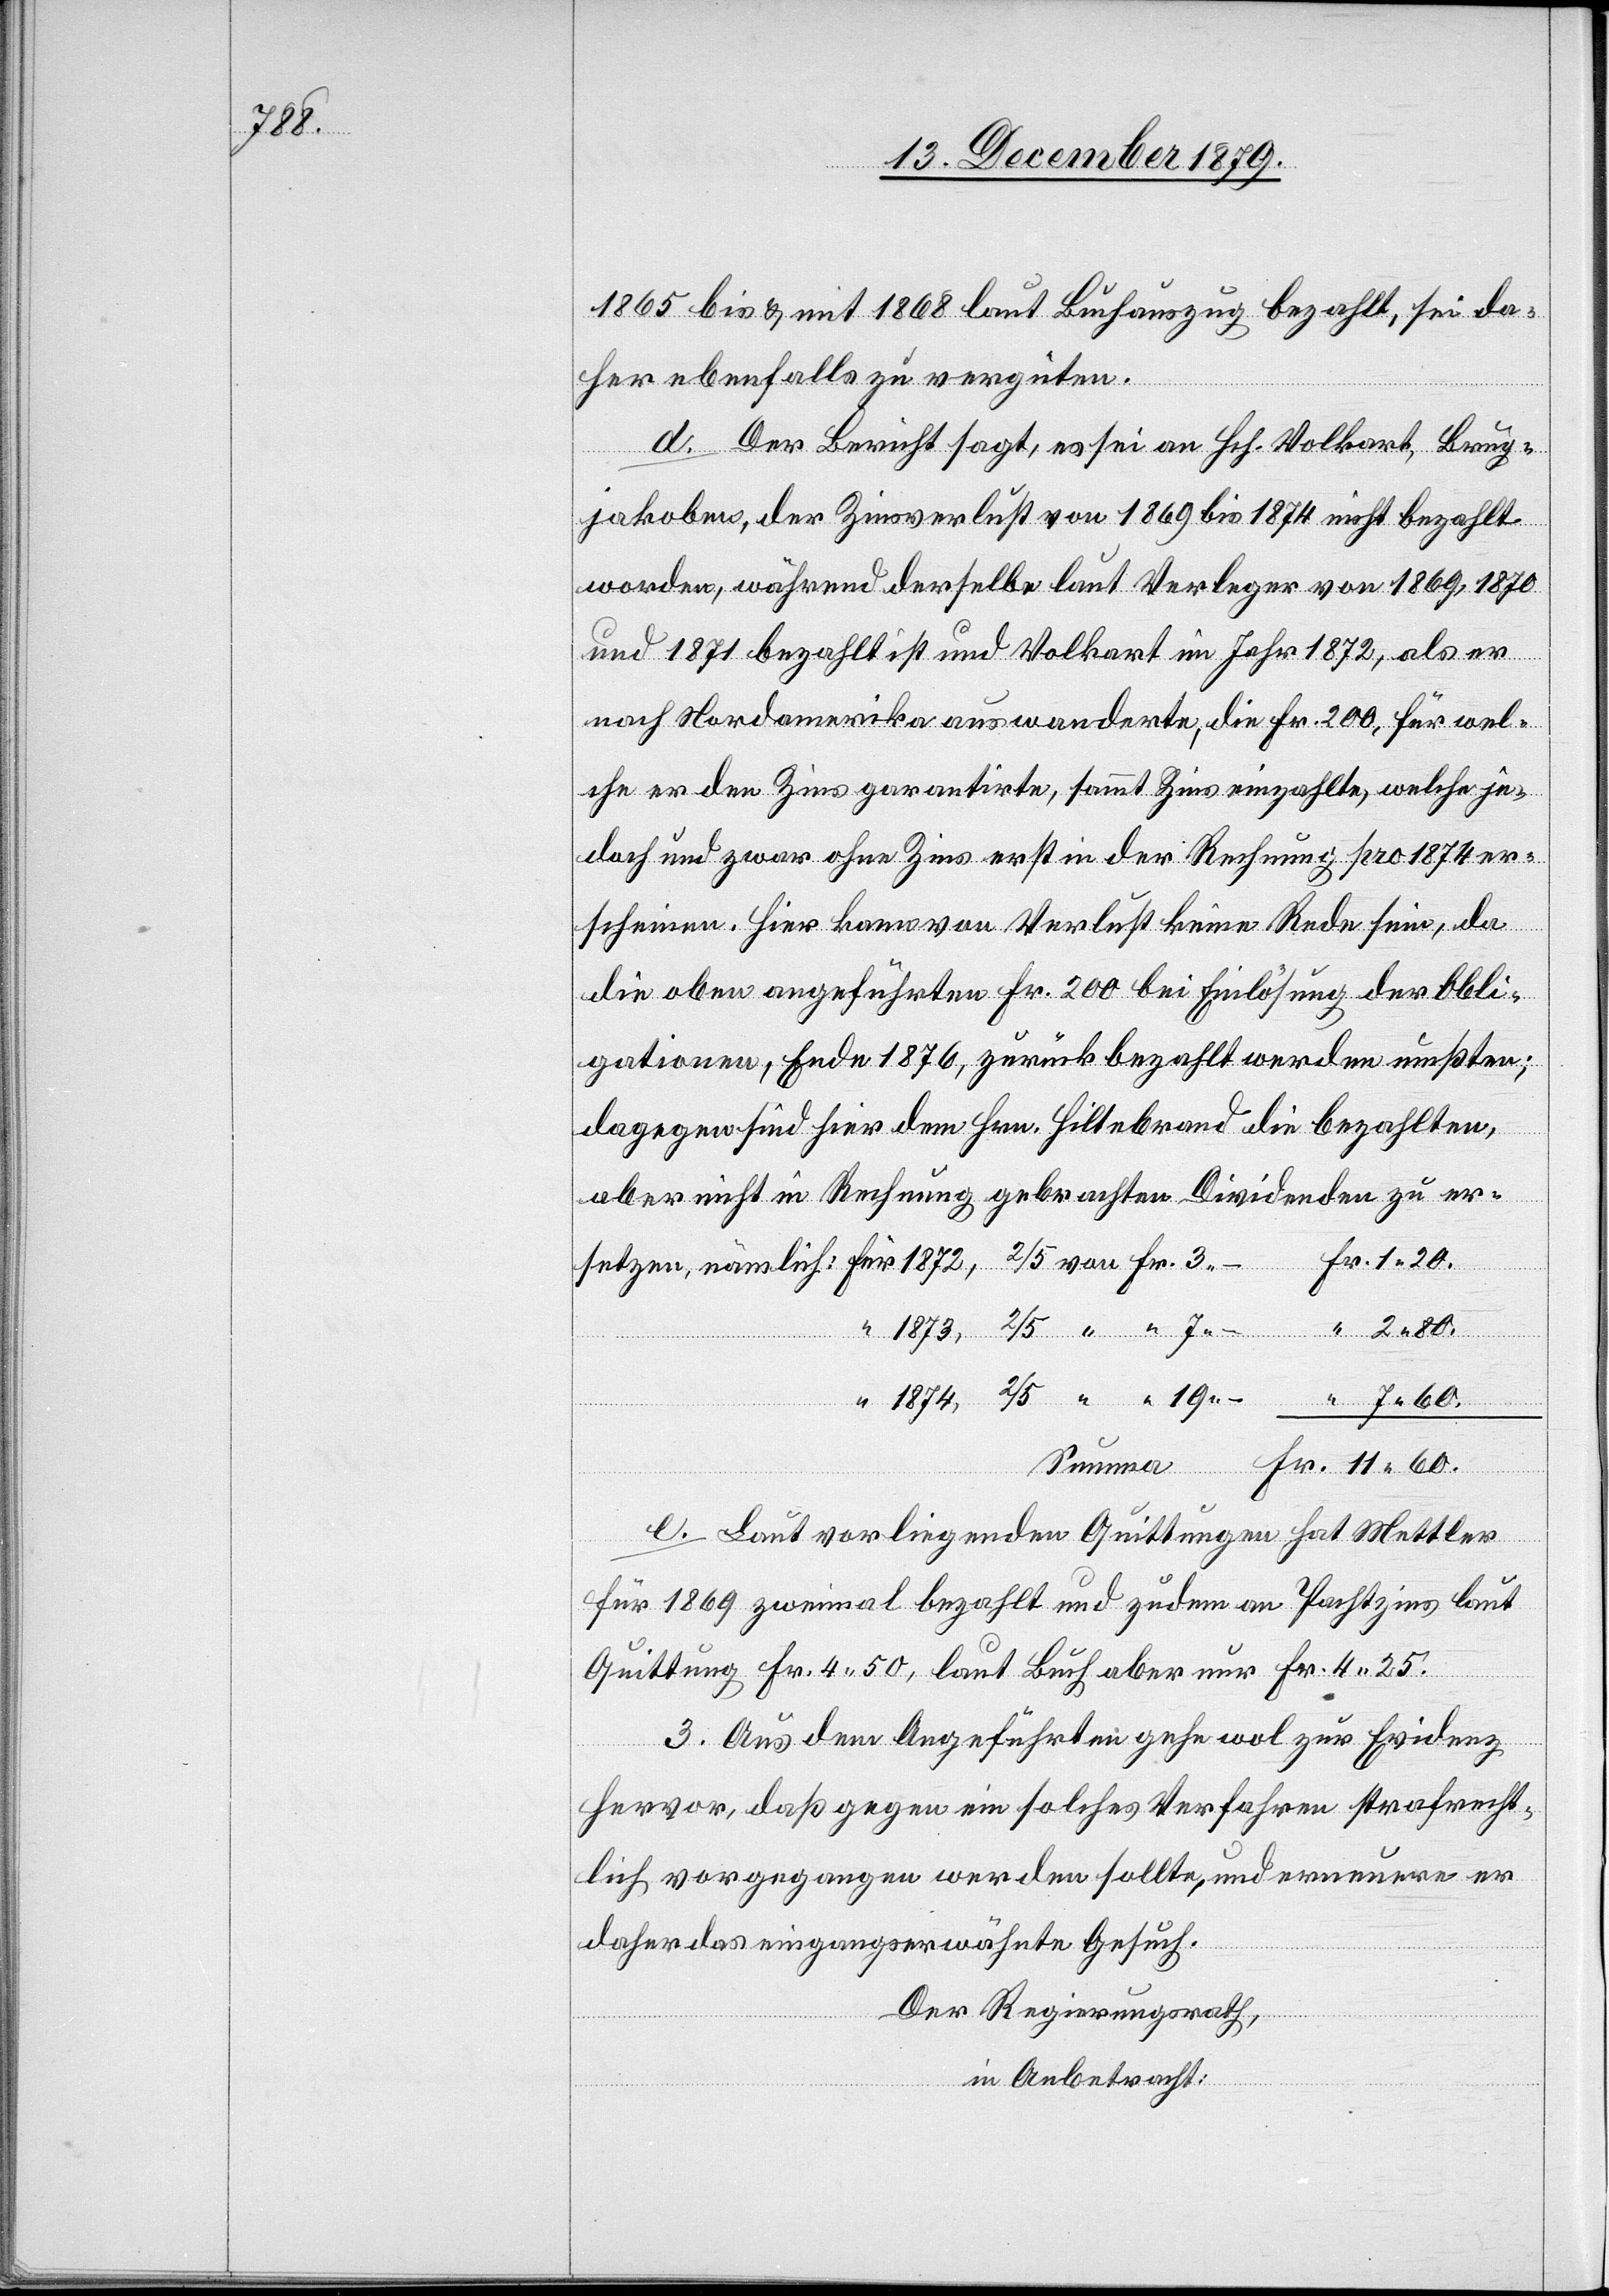
7.60

Fr.
1.20
1865 bis & mit 1868 laut Buchauszug bezahlt, sei da¬
her ebenfalls zu vergüten.
d. Der Bericht sagt, es sei an Hch. Volkart, Brug¬
jakoben, der Zinsverlust von 1869 bis 1874 nicht bezahlt
worden, während derselbe laut Verleger von 1869, 1870
und 1871 bezahlt ist und Volkart im Jahr 1872, als er
nach Nordamerika auswanderte, die Fr. 200, für wel¬
che er den Zins garantirte, sammt Zins einzahlte, welche je¬
doch und zwar ohne Zins erst in der Rechnung pro 1874 er¬
scheinen. Hier kann von Verlust keine Rede sein, da
die oben angeführten Fr. 200 bei Einlösung der Obli¬
gationen, Ende 1876, zurück bezahlt werden mußten;
dagegen sind hier dem Hrn. Hiltebrand die bezahlten,
aber nicht in Rechnung gebrachten Dividenden zu er¬
nämlich;
Summa
e. Laut vorliegenden Quittungen hat Mettler
für 1869 zweimal bezahlt und zudem an Pachtzins laut
Quittung Fr. 4 50, laut Buch aber nur Fr. 4 25.
3. Aus dem Angeführten gehe wol zur Evidenz
hervor, daß gegen ein solches Verfahren strafrecht¬
lich vorgegangen werden sollte, und erneuere
daher das eingangserwähnte Gesuch.
Der Regierungsrath,
in Anbetracht;

von